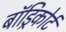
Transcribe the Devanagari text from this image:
बॉड्रिकोर्ट